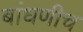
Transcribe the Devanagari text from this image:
बांधणीच